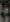
: